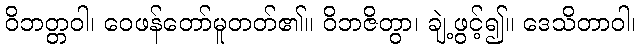
ဝိဘတ္တဝါ၊ ဝေဖန်တော်မူတတ်၏။ ဝိဘဇိတွာ၊ ချဲ့ဖွင့်၍။ ဒေသိတာဝါ၊